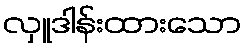
လှူဒါန်းထားသော